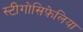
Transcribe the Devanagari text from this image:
स्टीगोसिफ़ेलिया